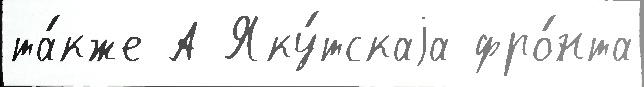
та́кже А Яку́тскаjа фро́нта